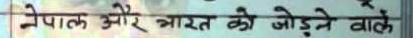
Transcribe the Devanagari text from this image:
नेपाल और भारत को जोड़ने वाले